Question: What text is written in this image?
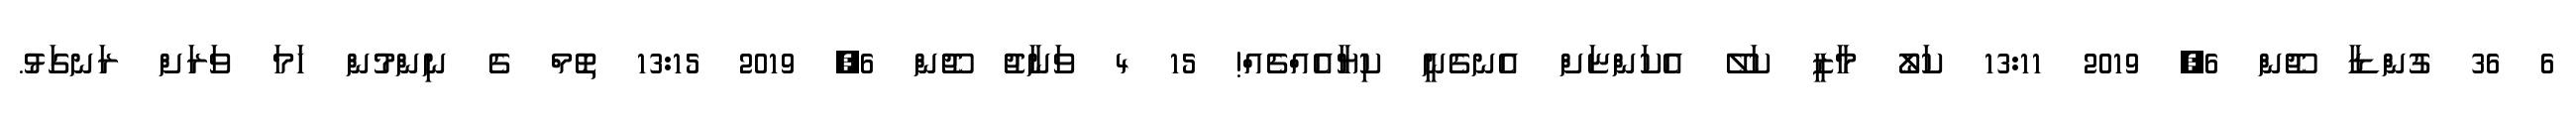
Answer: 6 36 ގުންޑާ ޖޫން 6, 2019 13:11 ކަލޯ މާޒީ ކަލޭ އެކަންޏަށް އެނގެނީ ކިޔާއެއްޗެއް! 15 4 ވަނާޖު ޖޫން 6, 2019 13:15 ތޮމް ގެ ނިންމުން ހަމަ ވަރަށް ރަނގަޅު.